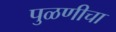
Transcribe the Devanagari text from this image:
पुळणीचा